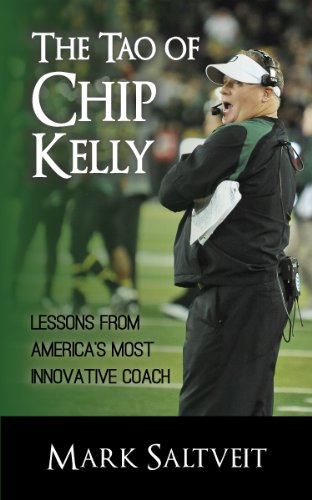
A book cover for The Tao of Chip Kelly: Lessons from America's Most Innovative Coach; Mark Saltveit; Sports & Outdoors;